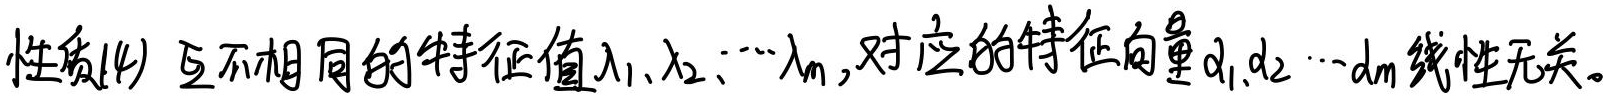
性质(4) 互不相同的特征值$\lambda_1,\lambda_2,\cdots,\lambda_m$,对应的特征向量$\alpha_1,\alpha_2,\cdots,\alpha_m$线性无关。